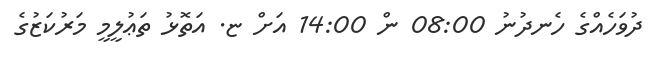
ދުވަހެއްގެ ހެނދުނު 08:00 ން 14:00 އަށް ޏ. އަތޮޅު ތަޢުލީމީ މަރުކަޒުގެ